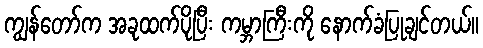
ကျွန်တော်က အခုထက်ပိုပြီး ကမ္ဘာကြီးကို နောက်ခံပြုချင်တယ်။